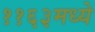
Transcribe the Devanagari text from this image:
११६३मध्ये